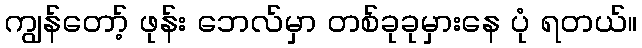
ကျွန်တော့် ဖုန်း ဘေလ်မှာ တစ်ခုခုမှားနေ ပုံ ရတယ်။